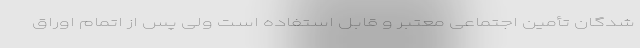
شدگان تأمین اجتماعی معتبر و قابل استفاده است ولی پس از اتمام اوراق